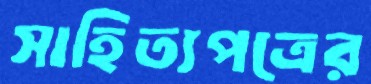
সাহিত্যপত্রের